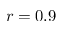
r = 0 . 9